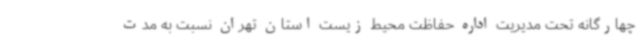
چهارگانه تحت مدیریت اداره حفاظت محیط زیست استان تهران نسبت به مدت